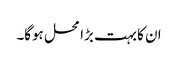
ان کا بہت بڑا محل ہوگا۔